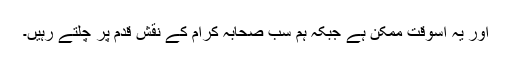
اور یہ اُسوقت ممکن ہے جبکہ ہم سب صحابہ کرام کے نقش قدم پر چلتے رہیں۔